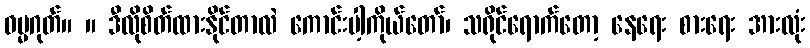
ဓမ္မဂုတ်။ ။ ဒီလိုစိတ်ထားနိုင်တာလဲ ကောင်းပါ့ကိုယ်တော်၊ သရိုင်ရောက်တော့ နေရေး စားရေး အားလုံး